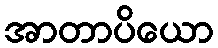
အာတာပိယော